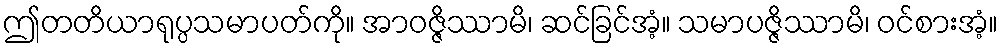
ဤတတိယာရုပ္ပသမာပတ်ကို။ အာဝဇ္ဇိဿာမိ၊ ဆင်ခြင်အံ့။ သမာပဇ္ဇိဿာမိ၊ ဝင်စားအံ့။